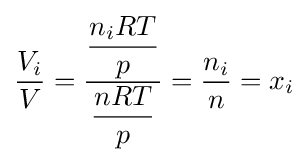
{\frac {V_{i}}{V}}={\dfrac {\dfrac {n_{i}RT}{p}}{\dfrac {nRT}{p}}}={\frac {n_{i}}{n}}=x_{i}